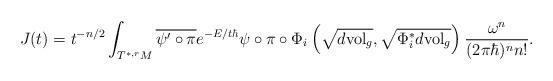
LaTeX: \begin{align*}J(t)=t^{-n/2}\int_{T^{\ast,r}M}\overline{\psi^{\prime}\circ\pi}e^{-E/t\hbar}\psi\circ\pi\circ\Phi_{i}\left( \sqrt{d\mathrm{vol}_{g}},\sqrt{\Phi_{i}^{\ast}d\mathrm{vol}_{g}}\right) _{}\frac{\omega^{n}}{(2\pi\hbar)^{n}n!}.\end{align*}